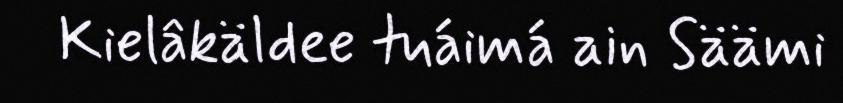
Kielâkäldee tuáimá ain Säämi